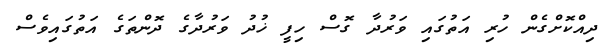
ދިއްކޮށްގެން ހުރި އަތުގައި ވަރުދާ ގޮސް ހިފީ ޚުދު ވަރުދާގެ ދޮންތަގެ އަތުގައިވެސް